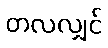
တလလျှင်